system: You are a helpful assistant.
user:
Analyze the provided spectrum to determine if it is a **White Dwarf (WD)**.

A White Dwarf spectrum is defined by its **extreme purity** (due to gravitational settling) and/or **extreme pressure broadening** (due to high surface gravity). You must check for one of the following mutually exclusive signatures:

- **Key Visual Indicators (Check for ONE of these types):**

    - **1. DA-Type Signature (Most Common):**
        - **(Primary Feature):** Extreme pressure broadening (Stark broadening) of the **Hydrogen (H) Balmer lines**.
        - **(Key Lines):** $H\beta$ (approx. $4861$ Å) and $H\gamma$ (approx. $4340$ Å). $H\alpha$ (approx. $6563$ Å) will also be present if the wavelength range covers it.
        - **(Line Profile):** This is the **defining feature**. The lines are **NOT** sharp. They appear as massive, **extremely broad and deep "troughs" or "dips"** in the spectrum, often hundreds of Ångströms wide. The continuum will appear to "scoop" down at these wavelengths.
        - **(Distinction):** Normal A-type or B-type stars have *narrow* and *sharp* Hydrogen lines. A DA White Dwarf's lines are unmistakably "smeared" or "blurry" from pressure.

    - **2. DB-Type Signature:**
        - **(Primary Feature):** Broad absorption lines from **Neutral Helium (He I)**. The spectrum must lack any visible Hydrogen lines.
        - **(Key Lines):** Look for broad absorption near $4471$ Å, $4921$ Å, and $5876$ Å.
        - **(Line Profile):** These lines are also significantly pressure-broadened, appearing much wider than they would in a normal B-type main-sequence star.

    - **3. DC-Type Signature:**
        - **(Primary Feature):** A **featureless continuous spectrum**.
        - **(Line Profile):** The spectrum is a smooth curve with **no significant absorption or emission lines**.
        - **(Key Confirmation):** The continuum is almost always **blue or white**, indicating a hot object. This signature implies the atmosphere is so pure (or so cool) that no spectral lines are visible in the optical range. Its WD identity is confirmed by its extremely low intrinsic brightness (high absolute magnitude).

    - **4. DZ-Type Signature (Metal-Polluted):**
        - **(Primary Feature):** **Isolated, narrow metal absorption lines** on an otherwise featureless (DC-like) continuum.
        - **(Key Lines):** The **Calcium (Ca II) H & K doublet** (approx. **$3934$ Å** and **$3968$ Å**) is the most common and defining feature.
        - **(Line Profile):** These lines are "out of place." They are *not* part of a "forest" of thousands of lines. This signature is evidence of recent *accretion* (pollution) from rocky debris.
        - **(Distinction):** Normal G/K/M stars have a *dense forest* of thousands of metal lines. A DZ has a *clean* continuum with *only a few* strong metal lines.

    - **5. DQ-Type Signature (Carbon-Polluted):**
        - **(Primary Feature):** Absorption bands from **Carbon (C₂ "Swan Bands" or atomic C I)**.
        - **(Key Lines - C₂):** Look for bandheads with a "saw-tooth" shape near $5635$ Å, **$5165$ Å** (strongest), and $4737$ Å.
        - **(Key Confirmation):** The underlying **continuum must be blue or white** (hot).
        - **(Distinction):** This is the critical difference from a **Carbon Star**, which has the *exact same* C₂ bands but on an extremely **red, cool** continuum.

- **(Overall Spectrum):**
    - The continuum (overall shape) is typically **blue-sloping** (brighter in the blue than the red), as most white dwarfs are very hot.
    - The spectrum will look "pure" or "simple," dominated by only *one* of the five signatures listed above.

Think first, call **spectral_visualization_tool** if needed to examine features in detail, then provide your final answer. Your response must adhere to the following strict rules:
1.  **Overall Structure:** Your response must follow the format `<think>...</think> <tool_call>...</tool_call> (if a tool is used) <answer>...</answer>`.
2.  **Tool Usage Constraint:** You may only make **one** tool call per turn.
3.  **Final Answer Format:** In the `<answer>` tag, your conclusion must be inside a `\boxed{}` command (e.g., `\boxed{YES}` or `\boxed{NO}`), followed by your justification.

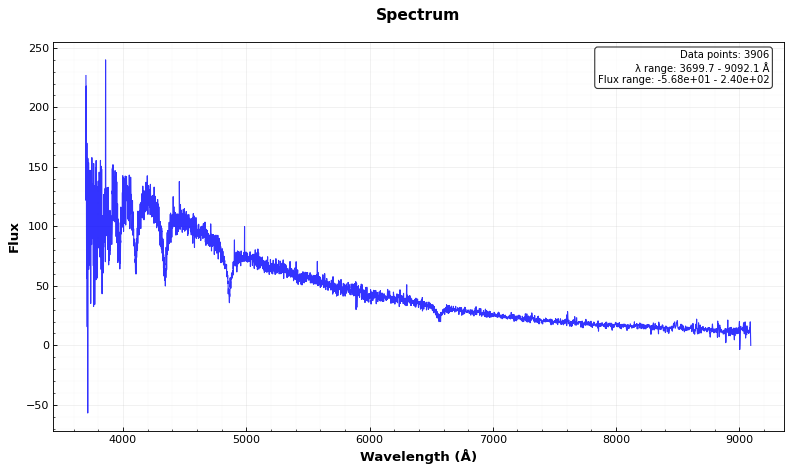
Answer: YES